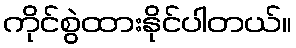
ကိုင်စွဲထားနိုင်ပါတယ်။